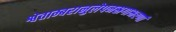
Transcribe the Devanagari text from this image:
श्वेताम्बरानुलेपनस्रगाभरणां